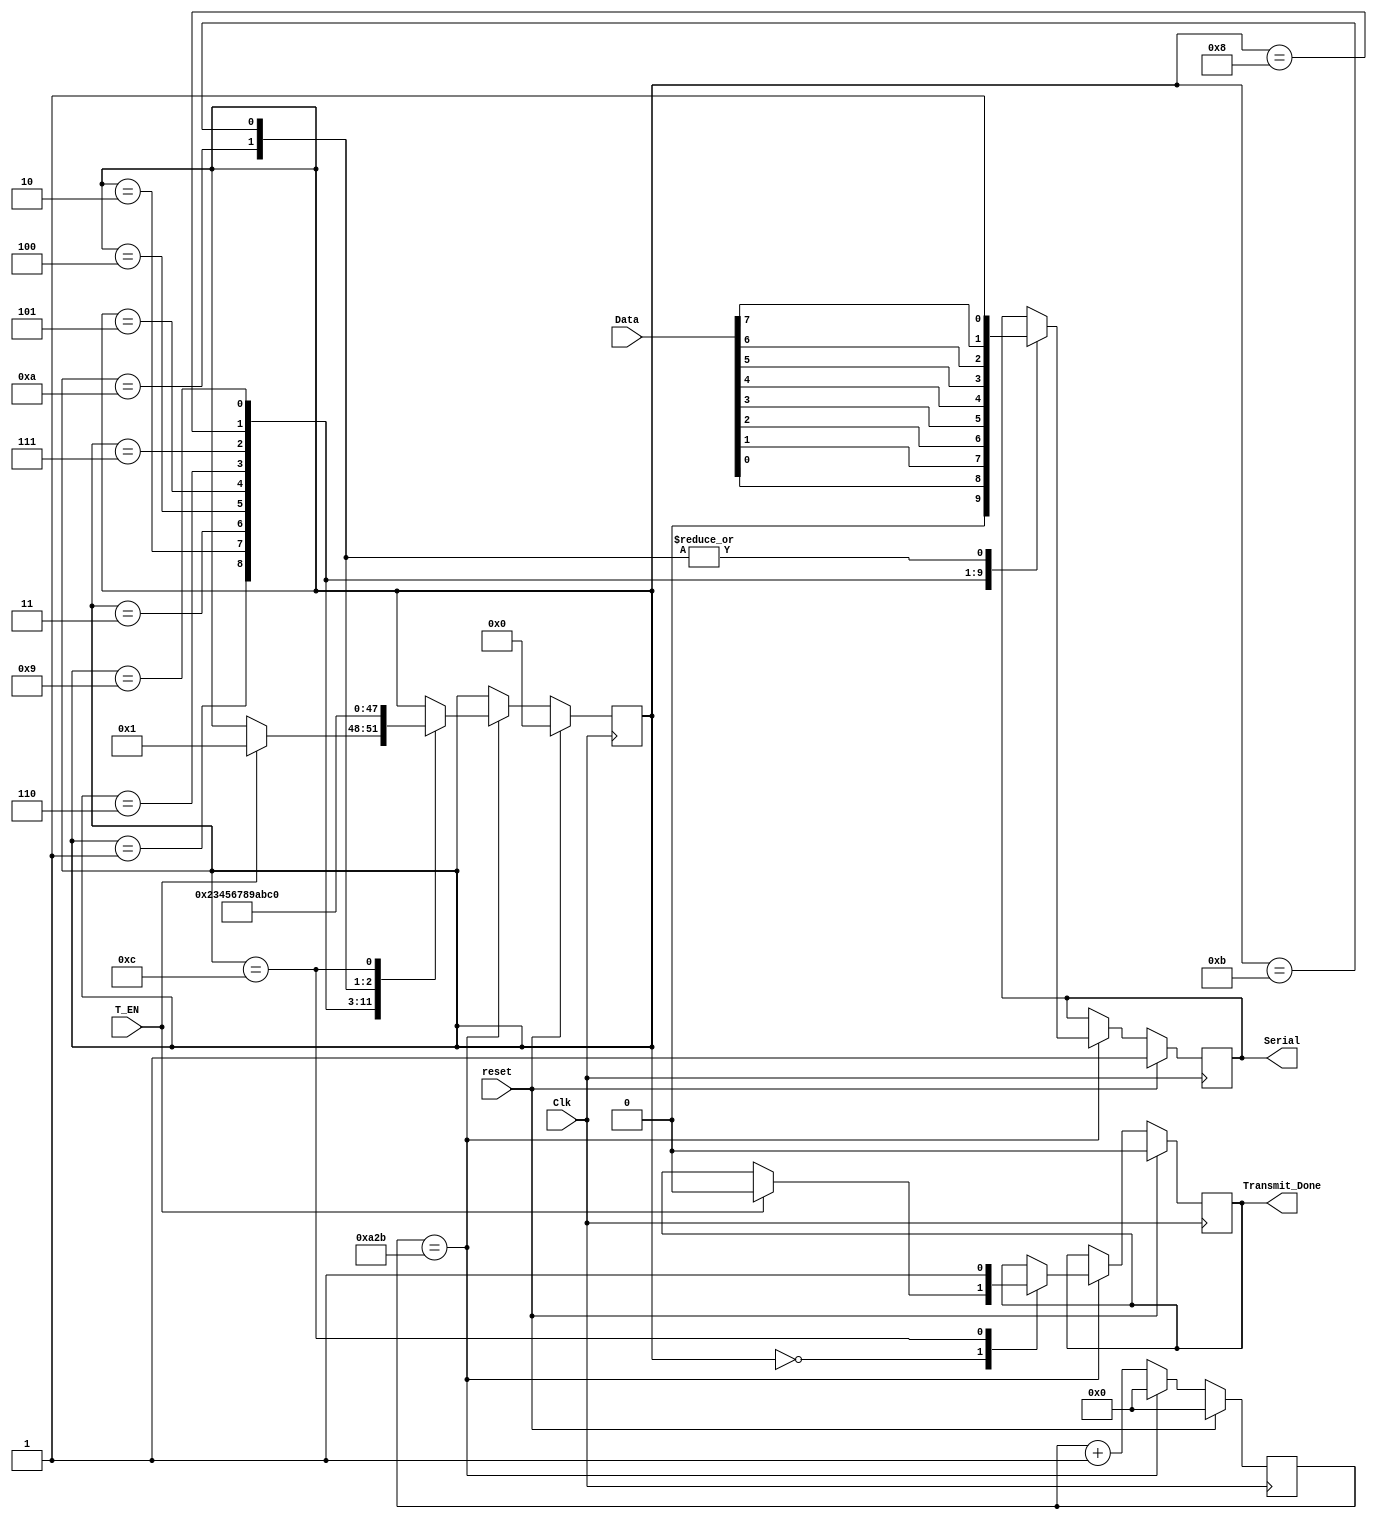
module UART_Transmit  #(parameter ClkFreq = 50000000,  B_Rate = 9600)
  (
   input       Clk,
	input 		reset,
   input       T_EN,
   input [7:0] Data,
   output reg  Serial,
   output reg  Transmit_Done
   );
  
  localparam IDLE         = 4'b0000;
  localparam START_BIT    = 4'b0001;
  localparam DATA_BIT0    = 4'b0010;
  localparam DATA_BIT1    = 4'b0011;
  localparam DATA_BIT2    = 4'b0100;
  localparam DATA_BIT3    = 4'b0101;
  localparam DATA_BIT4    = 4'b0110;
  localparam DATA_BIT5    = 4'b0111;
  localparam DATA_BIT6    = 4'b1000;
  localparam DATA_BIT7    = 4'b1001;
  localparam STOP_BIT0    = 4'b1010;
  localparam STOP_BIT1    = 4'b1011;
  localparam CLEANUP      = 4'b1100;
   
	
	localparam CLKS_PER_BIT = ClkFreq / (2 * B_Rate);	
//----------------Module Variables -----------------
	reg [03:00] state;
	reg [31:00] clk_count;
//================= Main Code ======================

	always @( posedge Clk ) begin 
		if ( reset ) begin 
			state 		  <= IDLE;
			clk_count	  <= 32'd0;
			Serial   	  <= 1'b1;
			Transmit_Done <= 1'd0;
		end else begin 
			if ( clk_count == CLKS_PER_BIT - 1 ) begin
				clk_count <= 32'd0;
				case ( state ) 
					IDLE : begin 
						if ( T_EN ) begin 
							state		<=		START_BIT;
							
							Transmit_Done <= 1'd0;
						end
					end
					
					START_BIT: begin
						Serial		<=		1'b0;
						state			<=		DATA_BIT0;
					end
					DATA_BIT0: begin 
						Serial		<=		Data[0];
						state			<= 	DATA_BIT1;
					end 
					DATA_BIT1:begin 
						Serial		<=		Data[1];
						state			<= 	DATA_BIT2;
					end
					DATA_BIT2:begin 
						Serial		<=		Data[2];
						state			<= 	DATA_BIT3;
					end
					DATA_BIT3:begin 
						Serial		<=		Data[3];
						state			<= 	DATA_BIT4;
					end
					DATA_BIT4:begin 
						Serial		<=		Data[4];
						state			<= 	DATA_BIT5;
					end
					DATA_BIT5:begin 
						Serial		<=		Data[5];
						state			<= 	DATA_BIT6;
					end
					DATA_BIT6:begin 
						Serial		<=		Data[6];
						state			<= 	DATA_BIT7;
					end
					DATA_BIT7:begin 
						Serial		<=		Data[7];
						state			<= 	STOP_BIT0;
					end
					STOP_BIT0: begin 
						Serial		<=		1'b1;
						state			<= 	STOP_BIT1;					
					end
					STOP_BIT1: begin 
						Serial		<=		1'b1;
						state			<= 	CLEANUP;					
					end
					CLEANUP: begin 
						state			  <= IDLE;
						Transmit_Done <= 1'b1;
					end
				endcase 
			end else begin 
				clk_count <= clk_count + 1;
			end
		end 
	end
endmodule